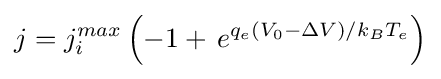
j=j_{i}^{max}\left(-1+\,e^{q_{e}(V_{0}-\Delta V)/k_{B}T_{e}}\right)